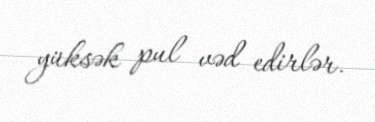
yüksək pul vəd edirlər.